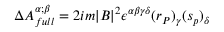
\Delta A _ { f u l l } ^ { \alpha ; \beta } = 2 i m | B | ^ { 2 } \epsilon ^ { \alpha \beta \gamma \delta } ( r _ { P } ) _ { \gamma } ( s _ { p } ) _ { \delta }